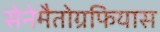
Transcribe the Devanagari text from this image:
सेनेमैतोग्रफियास